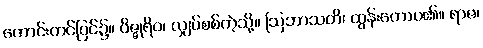
ကောင်းကင်ပြင်၌။ ဝိဇ္ဇုရိဝ၊ လျှပ်စစ်ကဲ့သို့။ ဩဘာသတိ၊ ထွန်းတောပ၏။ ရာဇ၊